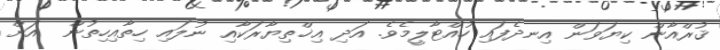
ޤުރްއާން ކިޔަވަން އިނދެފައި ހުއްޓާލީމެވެ. އަދި އިޚްތިޔާރަކާއި ނުލައި ހިތާއިހިތުން  އަށް